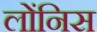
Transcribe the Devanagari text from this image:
लोंनिस